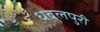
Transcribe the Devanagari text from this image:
धवलपुरी